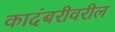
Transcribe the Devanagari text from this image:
कादंबरीवरील